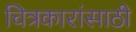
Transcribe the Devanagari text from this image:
चित्रकारांसाठी